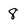
Character: 8